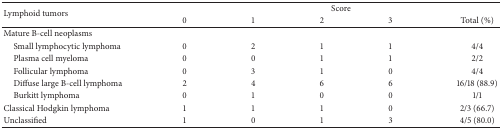
<table><thead><tr><td rowspan="2"><b>Lymphoid tumors</b></td><td colspan="5"><b>Score</b></td></tr><tr><td><b>0</b></td><td><b>1</b></td><td><b>2</b></td><td><b>3</b></td><td><b>Total (%)</b></td></tr></thead><tbody><tr><td>Mature B-cell neoplasms</td><td> </td><td> </td><td> </td><td> </td><td> </td></tr><tr><td> Small lymphocytic lymphoma</td><td>0</td><td>2</td><td>1</td><td>1</td><td>4/4</td></tr><tr><td> Plasma cell myeloma</td><td>0</td><td>0</td><td>1</td><td>1</td><td>2/2</td></tr><tr><td> Follicular lymphoma</td><td>0</td><td>3</td><td>1</td><td>0</td><td>4/4</td></tr><tr><td> Diffuse large B-cell lymphoma</td><td>2</td><td>4</td><td>6</td><td>6</td><td>16/18 (88.9)</td></tr><tr><td> Burkitt lymphoma</td><td>0</td><td>1</td><td>0</td><td>0</td><td>1/1</td></tr><tr><td>Classical Hodgkin lymphoma</td><td>1</td><td>1</td><td>1</td><td>0</td><td>2/3 (66.7)</td></tr><tr><td>Unclassified</td><td>1</td><td>0</td><td>1</td><td>3</td><td>4/5 (80.0)</td></tr></tbody></table>